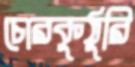
চোরকুঠুরি